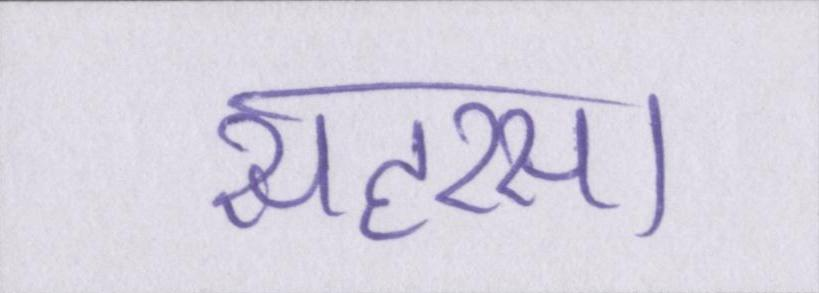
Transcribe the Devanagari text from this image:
सहरसा